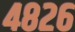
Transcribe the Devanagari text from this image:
४८२६